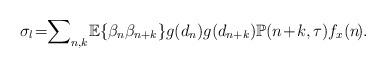
LaTeX: \begin{align*}\sigma_l\!=\!\! \sum\nolimits_{n,k}{\!\mathbb{E}\!\left\{ \beta_n \beta_{n+k}\right\}\!g(d_n)g(d_{n+k}) \mathbb{P}({n\!+\!k},\tau)f_x(n\!).}\end{align*}